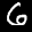
Label: 6